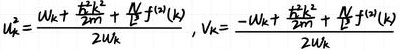
$u_{k}^{2}=\frac{W_{k}+\frac{k^{2}L^{2}}{2m}+\frac{\Lambda}{2}f^{(2)}(k)}{2W_{k}},v_{k}=\frac{-W_{k}+\frac{k^{2}L^{2}}{2m}+\frac{\Lambda}{2}f^{(2)}(k)}{2W_{k}}$